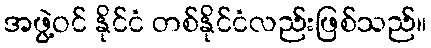
အဖွဲ့ဝင် နိုင်ငံ တစ်နိုင်ငံလည်းဖြစ်သည်။